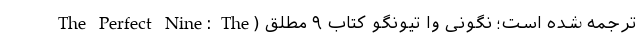
ترجمه شده است؛ نگونی وا تیونگو کتاب ۹ مطلق (The Perfect Nine: The